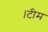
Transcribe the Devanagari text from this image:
।टीम